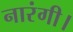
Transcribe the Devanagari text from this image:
नारंगी।